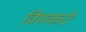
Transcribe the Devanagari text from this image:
विणकरी